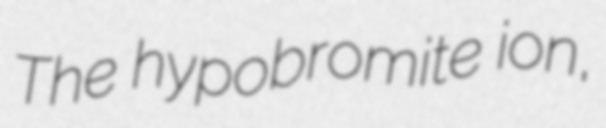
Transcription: The hypobromite ion,